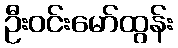
ဦးဝင်းမော်ထွန်း